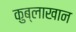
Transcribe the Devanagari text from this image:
कुब्लाखान